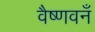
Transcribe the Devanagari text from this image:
वैष्णवनँ